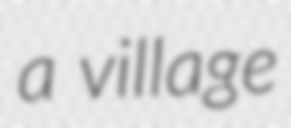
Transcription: a village